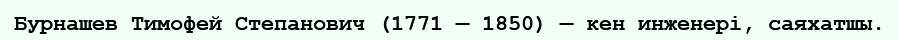
Бурнашев Тимофей Степанович (1771 — 1850) — кен инженері, саяхатшы.